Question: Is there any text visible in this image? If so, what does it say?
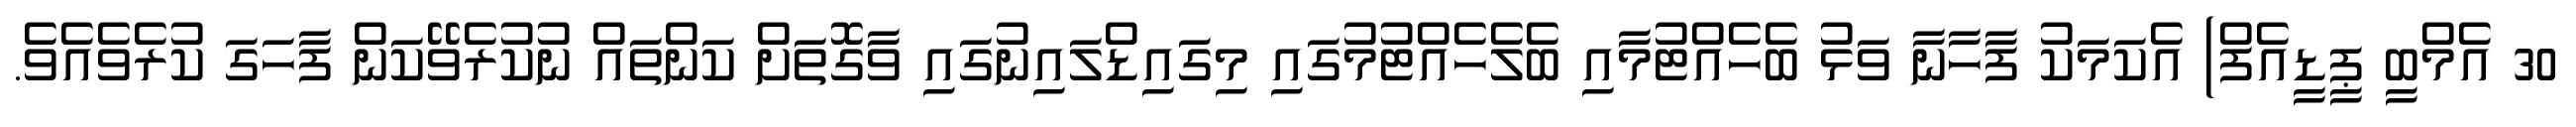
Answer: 30 އެމްބީ ޕީޑީއެފް) އެކަމަކު ފާހާނާ ވަޅު ބެހެއްޓުމާއި ބެލެހެއްޓުމުގައި މިގައިޑްލައިނުގައި ވާގޮތަށް ކަންތައް ނުކުރެވޭކަން ފާހަގަ ކުރެވެއެވެ.